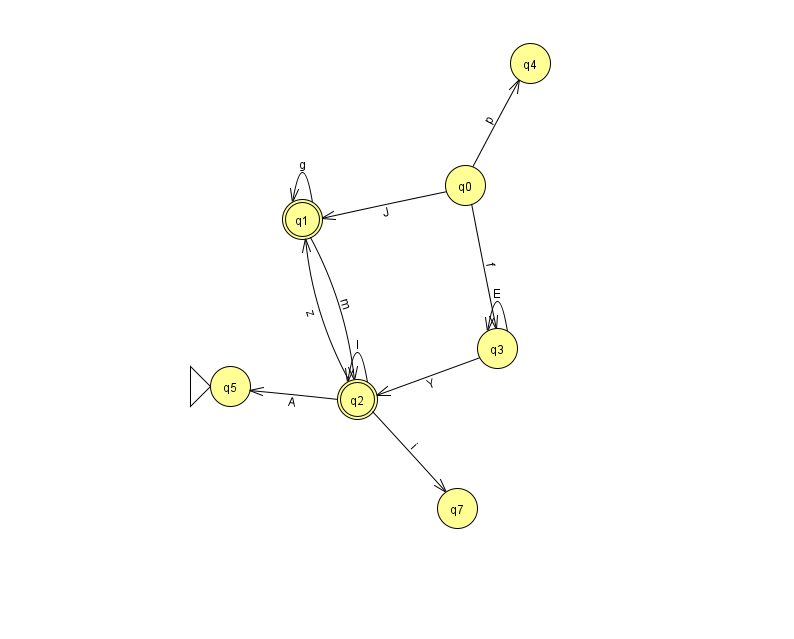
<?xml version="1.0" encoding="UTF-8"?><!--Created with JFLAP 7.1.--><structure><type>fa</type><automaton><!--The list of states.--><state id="0" name="q0"><x>465.0</x><y>172.0</y></state><state id="1" name="q1"><x>302.0</x><y>206.0</y><final/></state><state id="2" name="q2"><x>357.0</x><y>386.0</y><final/></state><state id="3" name="q3"><x>497.0</x><y>335.0</y></state><state id="4" name="q4"><x>530.0</x><y>50.0</y></state><state id="5" name="q5"><x>230.0</x><y>373.0</y><initial/></state><state id="7" name="q7"><x>457.0</x><y>495.0</y></state><!--The list of transitions.--><transition><from>2</from><to>5</to><read>A</read></transition><transition><from>3</from><to>2</to><read>Y</read></transition><transition><from>3</from><to>3</to><read>E</read></transition><transition><from>1</from><to>1</to><read>g</read></transition><transition><from>2</from><to>2</to><read>I</read></transition><transition><from>1</from><to>2</to><read>m</read></transition><transition><from>2</from><to>1</to><read>z</read></transition><transition><from>0</from><to>4</to><read>p</read></transition><transition><from>0</from><to>1</to><read>J</read></transition><transition><from>0</from><to>3</to><read>f</read></transition><transition><from>2</from><to>7</to><read>i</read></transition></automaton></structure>